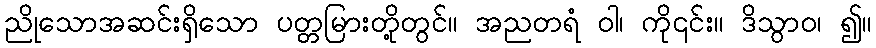
ညိုသောအဆင်းရှိသော ပတ္တမြားတို့တွင်။ အညတရံ ဝါ၊ ကို၎င်း။ ဒိသွာဝ၊ ၍။